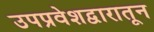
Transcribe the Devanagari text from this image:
उपप्रवेशद्वारातून